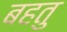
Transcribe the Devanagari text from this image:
बहतु